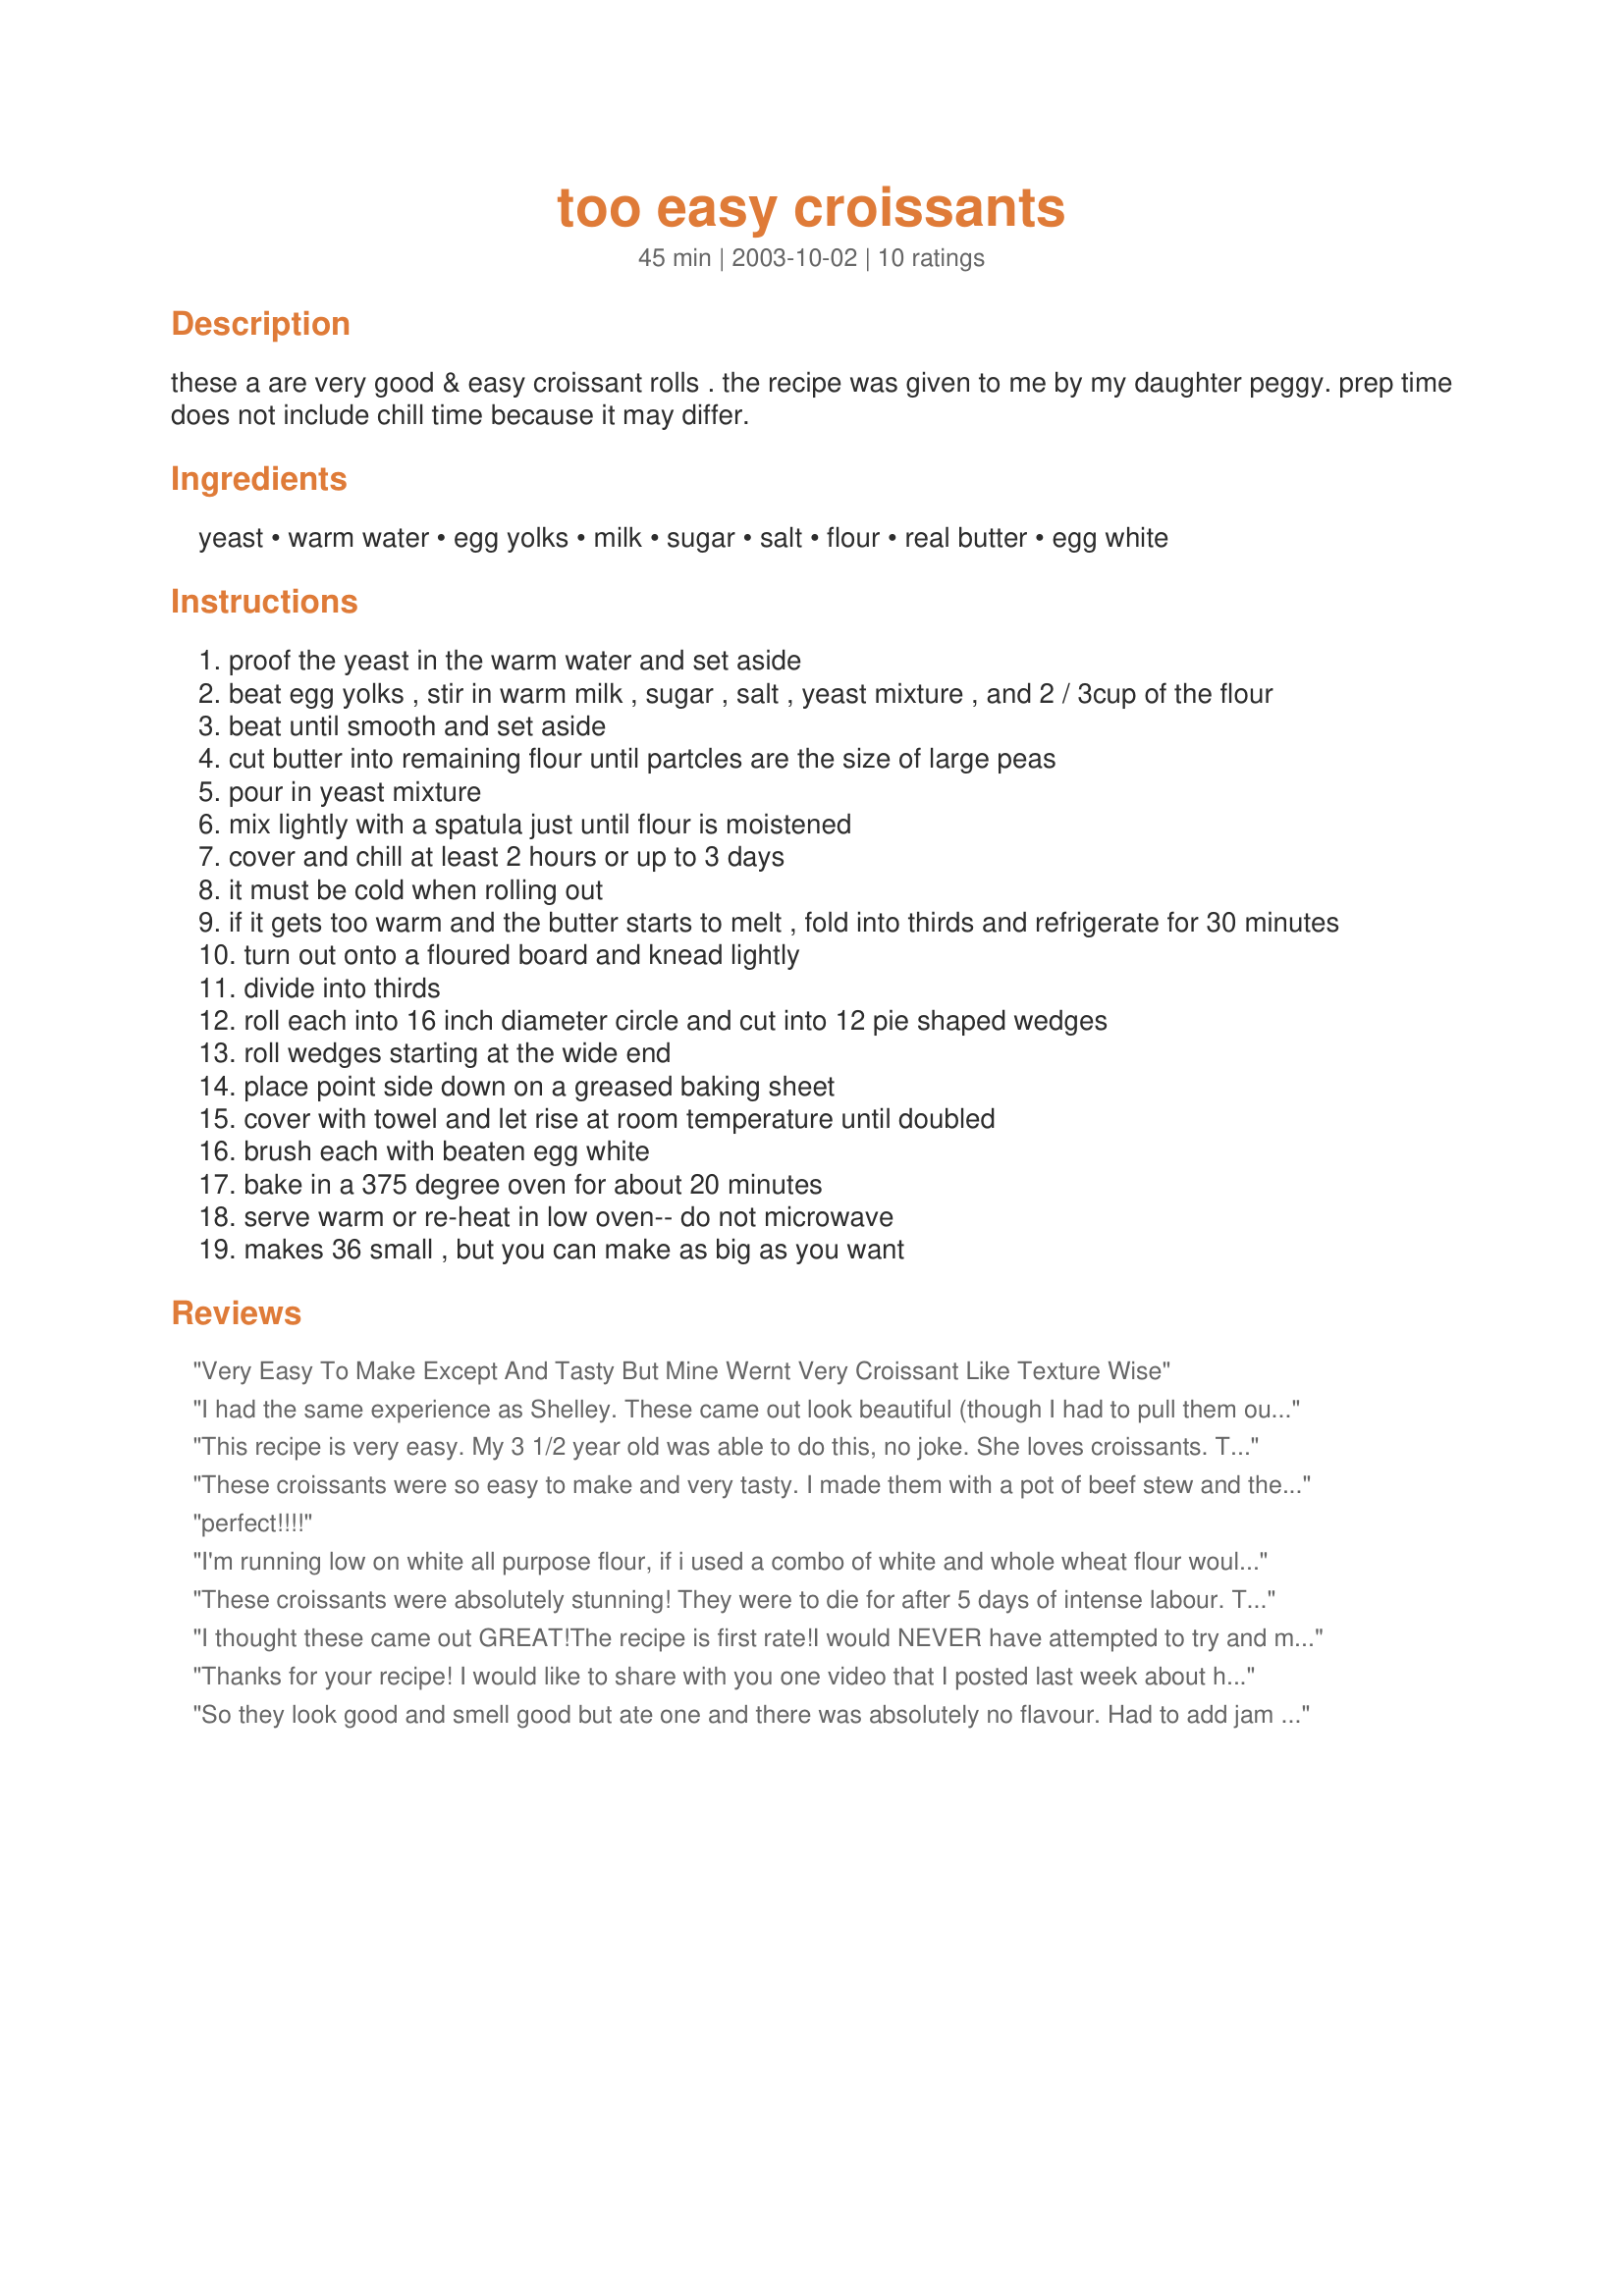
too easy croissants
Preparation time: 45 minutes

these a are very good & easy croissant rolls . the recipe was given to me by my daughter peggy. prep time does not include chill time because it may differ.

Ingredients:
yeast, warm water, egg yolks, milk, sugar, salt, flour, real butter, egg white

Steps:
proof the yeast in the warm water and set aside
beat egg yolks , stir in warm milk , sugar , salt , yeast mixture , and 2 / 3cup of the flour
beat until smooth and set aside
cut butter into remaining flour until partcles are the size of large peas
pour in yeast mixture
mix lightly with a spatula just until flour is moistened
cover and chill at least 2 hours or up to 3 days
it must be cold when rolling out
if it gets too warm and the butter starts to melt , fold into thirds and refrigerate for 30 minutes
turn out onto a floured board and knead lightly
divide into thirds
roll each into 16 inch diameter circle and cut into 12 pie shaped wedges
roll wedges starting at the wide end
place point side down on a greased baking sheet
cover with towel and let rise at room temperature until doubled
brush each with beaten egg white
bake in a 375 degree oven for about 20 minutes
serve warm or re-heat in low oven-- do not microwave
makes 36 small , but you can make as big as you want

Reviews:
Very Easy To Make Except And Tasty But Mine Wernt Very Croissant Like Texture Wise
I had the same experience as Shelley. These came out look beautiful (though I had to pull them out after 18 minutes, not 20). Nice smell, good texture - light crunch on the outside, fluffy on the inside. Not flaky like a real croissant, but I knew I was sacrificing that flakiness in return for not spending 10 hours folding and refrigerating like real croissants. My main disappointment was the blandness of the flavor. I didn't enjoy eating them plain at all. With added butter or jam, they were good, but I was hoping they'd be good just to snack on.
This recipe is very easy. My 3 1/2 year old was able to do this, no joke. She loves croissants. They were tasty but they are not super flakey like the kind you get in the bakery section at the store. The consistency is more like the pre-made kind that you unravel out of a tube. I gave 4 stars because they didn't come out flakey but they were tasty and good enough for my daughter's first try at making croissants from scratch.
These croissants were so easy to make and very tasty. I made them with a pot of beef stew and they were perfect! Thanks, Barb, for great recipe.
perfect!!!!
I'm running low on white all purpose flour, if i used a combo of white and whole wheat flour would it work the same?
These croissants were absolutely stunning! They were to die for after 5 days of intense labour. They came out like a dream! Perfect after any spin class! I&#039;m not allowed to be on the internet right now, so hopefully I don&#039;t get caught writing this review!
I thought these came out GREAT!<br/>The recipe is first rate!<br/>I would NEVER have attempted to try and make!<br/>And NOW I can PROUDLY say based on this recipe (thanks to Barn and Peggy too) that croissants today I DAD bake!!! WHOO HOO!
Thanks for your recipe!

I would like to share with you one video that I posted last week about how to make croissants... enjoy!

http://www.hospitality-australia.com/how-to-make-croissants/
So they look good and smell good but ate one and there was absolutely no flavour. Had to add jam or butter to get any flavour. What did i do wrong. Help!
